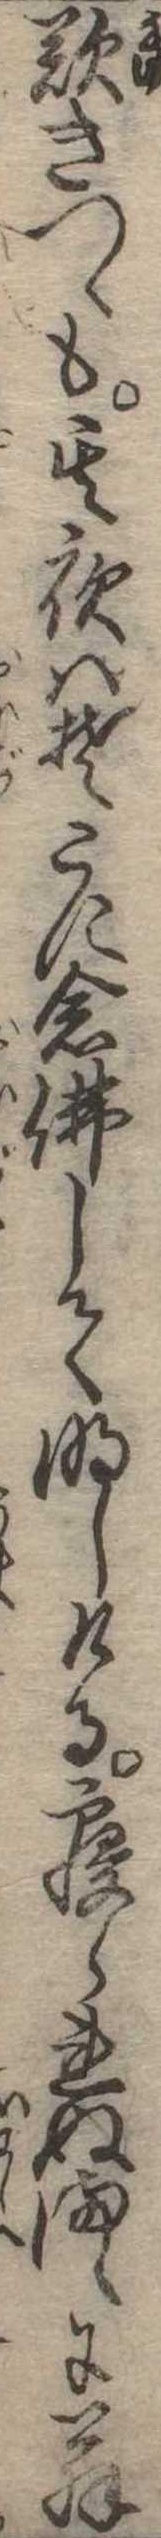
歎きつゝも其夜はそこに念仏して明しける寝られぬまゝに翁